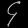
Digit: ၄